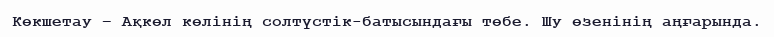
Көкшетау – Ақкөл көлінің солтүстік-батысындағы төбе. Шу өзенінің аңғарында.